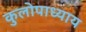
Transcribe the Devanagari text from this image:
कुलोपाध्याय